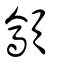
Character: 顲